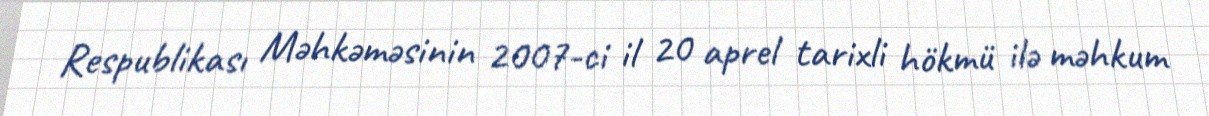
Respublikası Məhkəməsinin 2007-ci il 20 aprel tarixli hökmü ilə məhkum